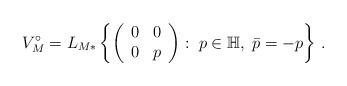
LaTeX: \begin{align*}V_{M}^{\circ}=L_{M*}\left\{ \left( \begin{array}{cc} 0 & 0 \\ 0 & p \end{array}\right): \; p \in {\mathbb H}, \; \bar{p}=-p\right\} \, .\end{align*}